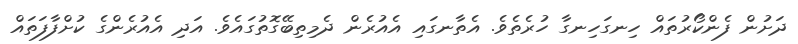
ދަށުން ފެންކޯރުތައް ހިނގަހިނގާ ހުރެތެވެ. އެތާނގައި އެއުރެން ދެމިތިބޭގޮތުގައެވެ. އަދި އެއުރެންގެ ކުށްފާފަތައް